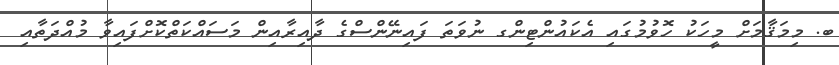
ބ. މިމަޤާމަށް މީހަކު ހޮވުމުގައި އެކައުންޓިންގ ނުވަތަ ފައިނޭންސްގެ ދާއިރާއިން މަސައްކަތްކޮށްފައިވާ މުއްދަތާއި